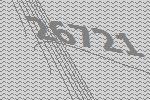
26721